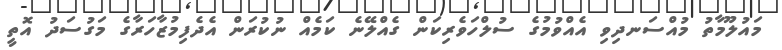
މައުލޫމާތު މުއްސަނދިވި އެއްވުމުގެ ސުލްހަވެރިކަން ގެއްލޭނެ ކަމެއް ނުކުރަން އެދެފިމުޒާހަރާގެ މަގުސަދު އޮތީ